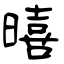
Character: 暿